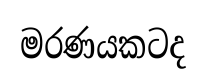
මරණයකටද